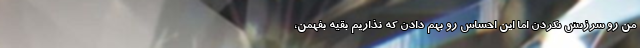
من رو سرزنش نکردن اما این احساس رو بهم دادن که نذاریم بقیه بفهمن،